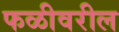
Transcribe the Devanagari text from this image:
फळीवरील